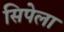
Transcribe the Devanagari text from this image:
सिपेला